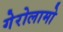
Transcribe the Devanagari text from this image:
गेरोलामो